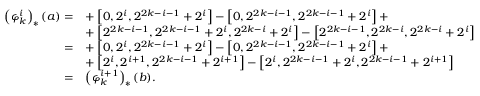
\begin{array} { r l } { \left( \varphi _ { k } ^ { i } \right) _ { * } ( a ) = } & { + \left[ 0 , 2 ^ { i } , 2 ^ { 2 k - i - 1 } + 2 ^ { i } \right] - \left[ 0 , 2 ^ { 2 k - i - 1 } , 2 ^ { 2 k - i - 1 } + 2 ^ { i } \right] + } \\ & { + \left[ 2 ^ { 2 k - i - 1 } , 2 ^ { 2 k - i - 1 } + 2 ^ { i } , 2 ^ { 2 k - i } + 2 ^ { i } \right] - \left[ 2 ^ { 2 k - i - 1 } , 2 ^ { 2 k - i } , 2 ^ { 2 k - i } + 2 ^ { i } \right] } \\ { = } & { + \left[ 0 , 2 ^ { i } , 2 ^ { 2 k - i - 1 } + 2 ^ { i } \right] - \left[ 0 , 2 ^ { 2 k - i - 1 } , 2 ^ { 2 k - i - 1 } + 2 ^ { i } \right] + } \\ & { + \left[ 2 ^ { i } , 2 ^ { i + 1 } , 2 ^ { 2 k - i - 1 } + 2 ^ { i + 1 } \right] - \left[ 2 ^ { i } , 2 ^ { 2 k - i - 1 } + 2 ^ { i } , 2 ^ { 2 k - i - 1 } + 2 ^ { i + 1 } \right] } \\ { = } & { \left( \varphi _ { k } ^ { i + 1 } \right) _ { * } ( b ) . } \end{array}